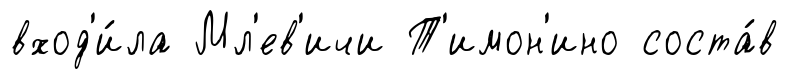
вход'и́ла Мл'ев'ичи Т'имон'ино соста́в